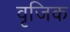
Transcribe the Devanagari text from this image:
वृजिक